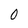
Character: 0